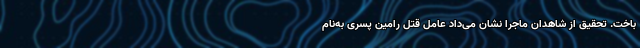
باخت. تحقیق از شاهدان ماجرا نشان می‌داد عامل قتل رامین پسری به‌نام